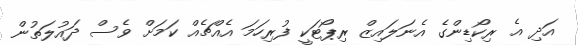
އަދި އެ ރިކޯޑިންގެ އެނަލައިޒް ރިޕޯޓަކީ ފުރިހަމަ އެއްޗެއް ކަމަށް ވެސް ދައުލަތުން